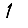
Digit: 1